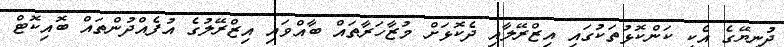
ދުނިޔޭގެ އެކި ކަންކޮޅުތަކުގައި އިޒްރޭލާއި ދެކޮޅަށް މުޒާހަރާތައް ބާއްވައި އިޒްރޭލުގެ އުފެއްދުންތައް ބޮއިކޮޓް